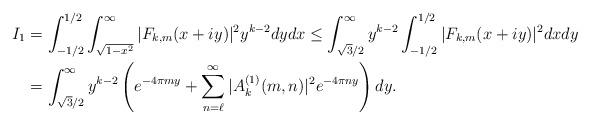
LaTeX: \begin{align*}I_1 &= \int_{-1/2}^{1/2} \int_{\sqrt{1-x^2}}^\infty |F_{k,m}(x+iy)|^2 y^{k-2} dy dx \leq \int_{\sqrt{3}/2}^\infty y^{k-2} \int_{-1/2}^{1/2} |F_{k,m}(x+iy)|^2 dx dy \\ &= \int_{\sqrt{3}/2}^\infty y^{k-2} \left(e^{-4\pi m y} + \sum_{n=\ell}^\infty |A_k^{(1)}(m,n)|^2 e^{-4\pi n y} \right)dy .\end{align*}